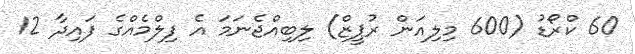
60 ކްރޯޑު (600 މިލިއަން ރުޕީޒް) ލިބިއްޖެނަމަ އެ ފިލްމެއްގެ ފައިދާ 12